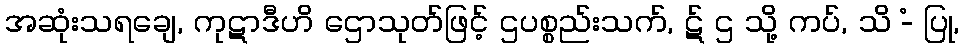
အဆုံးသရချေ, ကုဋာဒီဟိ ဌောသုတ်ဖြင့် ဌပစ္စည်းသက်, ဋ် ဌ သို့ ကပ်, သိ -ံ ပြု,